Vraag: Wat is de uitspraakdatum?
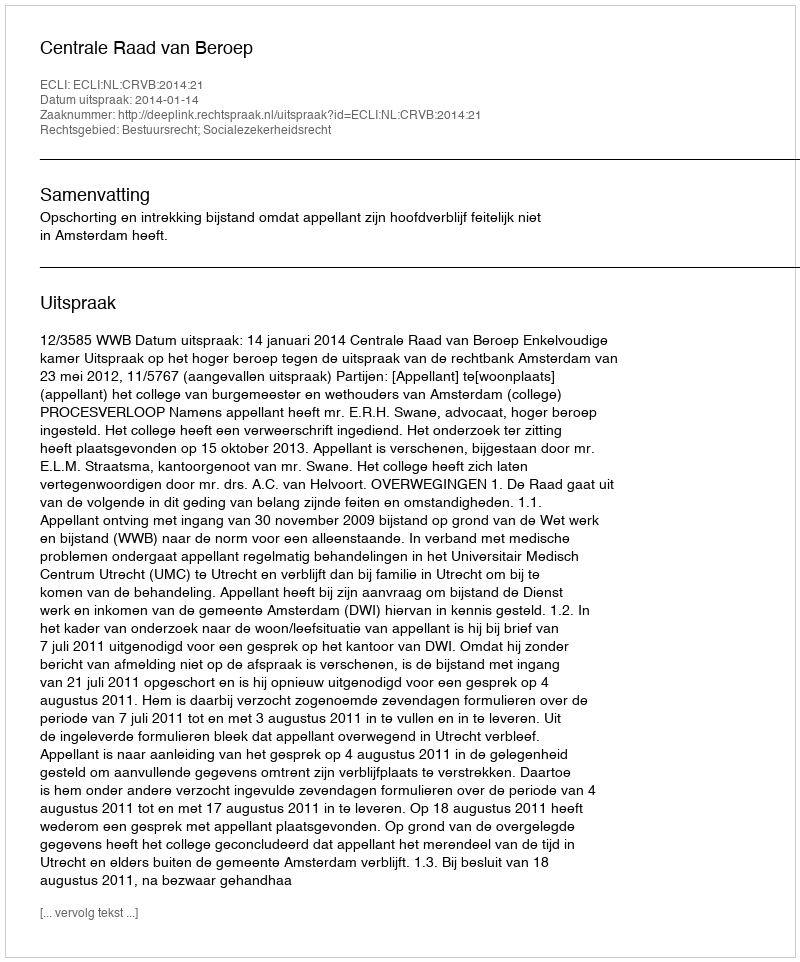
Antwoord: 2014-01-14